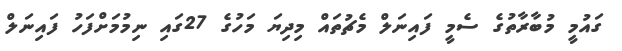
ގައުމީ މުބާރާތުގެ ސެމީ ފައިނަލް މެޗުތައް މިދިޔަ މަހުގެ 27ގައި ނިމުމަށްފަހު ފައިނަލް